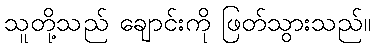
သူတို့သည် ချောင်းကို ဖြတ်သွားသည်။